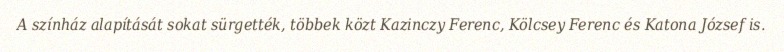
A színház alapítását sokat sürgették, többek közt Kazinczy Ferenc, Kölcsey Ferenc és Katona József is.